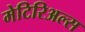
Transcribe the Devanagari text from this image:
मेटिरिअल्स